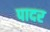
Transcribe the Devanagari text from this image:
पादर